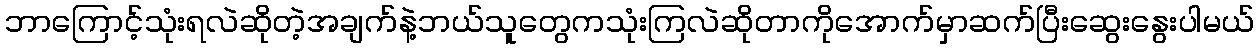
ဘာကြောင့်သုံးရလဲဆိုတဲ့အချက်နဲ့ဘယ်သူတွေကသုံးကြလဲဆိုတာကိုအောက်မှာဆက်ပြီးဆွေးနွေးပါမယ်